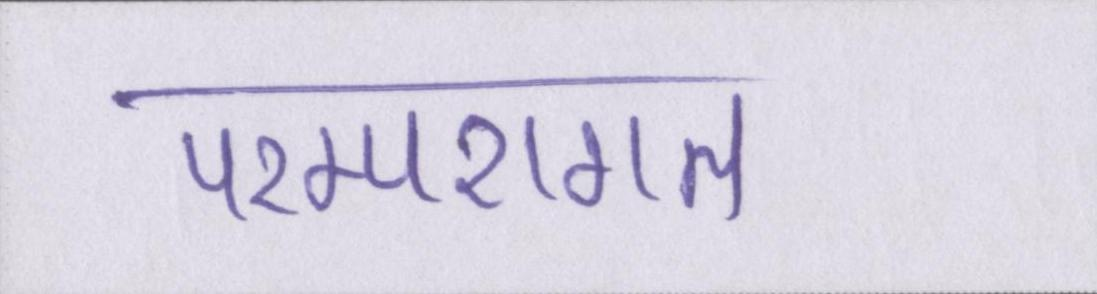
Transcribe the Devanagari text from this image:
परम्परागत